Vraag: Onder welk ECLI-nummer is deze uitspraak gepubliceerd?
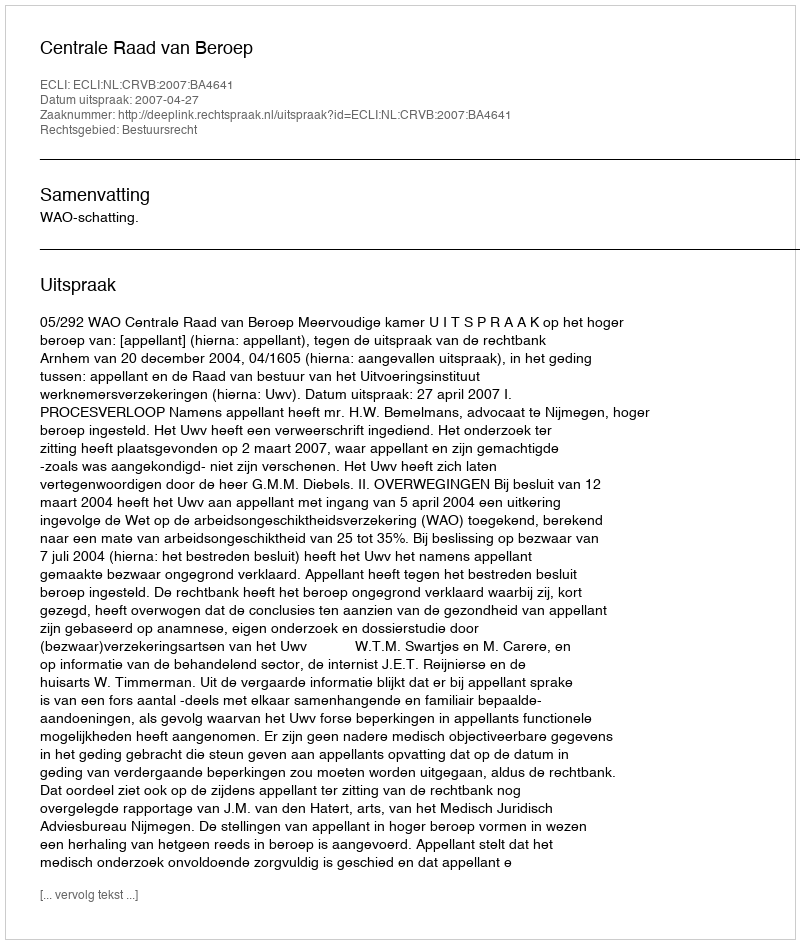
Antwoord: ECLI:NL:CRVB:2007:BA4641